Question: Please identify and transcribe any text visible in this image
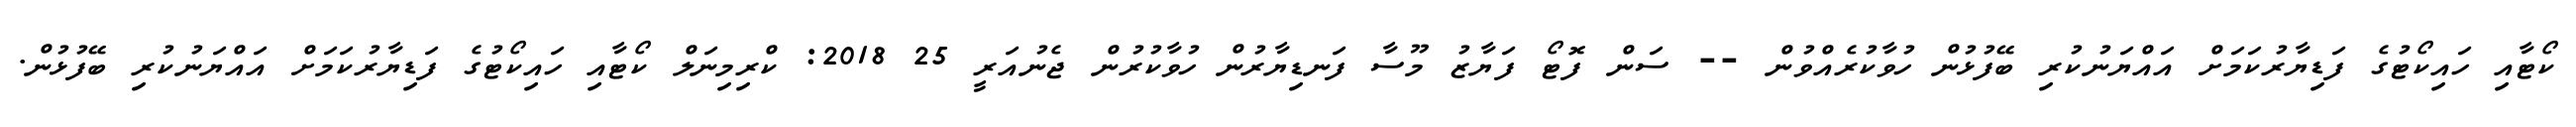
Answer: ކޯޓާއި ހައިކޯޓުގެ ފަޑިޔާރުކަމަށް އައްޔަނުކުރި ބޭފުޅުން ހުވާކުރެއްވުން -- ސަން ފޮޓޯ ފަޔާޒު މޫސާ ފަނޑިޔާރުން ހުވާކުރުން ޖެނުއަރީ 25 2018: ކްރިމިނަލް ކޯޓާއި ހައިކޯޓުގެ ފަޑިޔާރުކަމަށް އައްޔަނުކުރި ބޭފުޅުން.